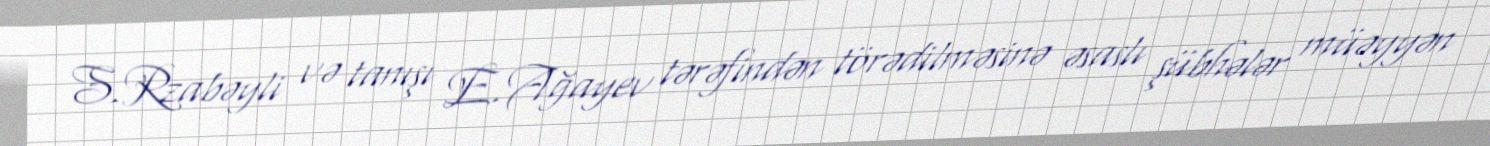
S.Rzabəyli və tanışı E.Ağayev tərəfindən törədilməsinə əsaslı şübhələr müəyyən